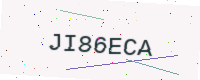
Text: JI86ECA